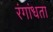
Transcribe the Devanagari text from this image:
रंगांधता